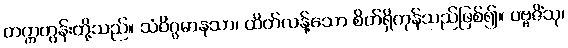
တက္ကတွန်းတို့သည်။ သံဝိဂ္ဂမာနသာ၊ ထိတ်လန့်သော စိတ်ရှိကုန်သည်ဖြစ်၍။ ပဗ္ဗဇိံသု၊